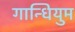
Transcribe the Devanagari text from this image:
गान्धियुम